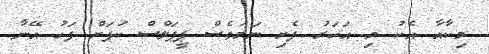
މިކާއާ އެކު މި އަހަރު ފެށި ނަމަވެސް ޕީޕަލްސް ކަޕަށް ފަހު އޭނާ